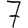
Digit: 7